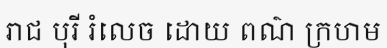
រាជ បុរី រំលេច ដោយ ពណ៌ ក្រហម